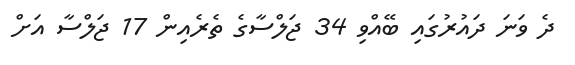
ދެ ވަނަ ދައުރުގައި ބޭއްވި 34 ޖަލްސާގެ ތެރެއިން 17 ޖަލްސާ އަށް